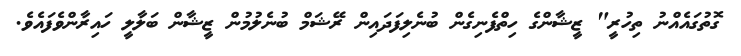
ގޮތުގައެއްނު ތިހުރީ" ޒީޝާންގެ ހިތްފެނިގެން ބުނެލިފަދައިން ރޭޝަމް ބުނެލުމުން ޒީޝާން ބަލާލީ ހައިރާންވެފައެވެ.